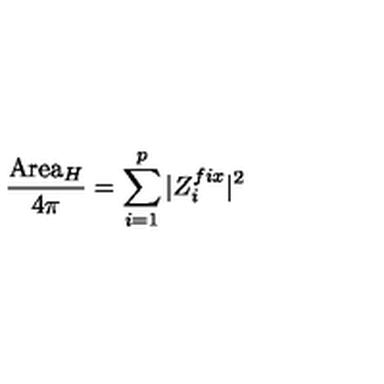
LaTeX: \frac { \mathrm { A r e a } _ { H } } { 4 \pi } = \sum _ { i = 1 } ^ { p } \vert Z _ { i } ^ { f i x } \vert ^ { 2 }